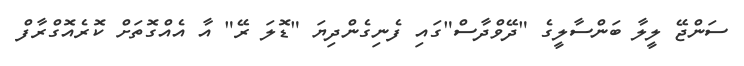
ސަންޖޭ ލީލާ ބަންސާލީގެ "ދޭވްދާސް"ގައި ފެނިގެންދިޔަ "ޑޮލަ ރޭ" އާ އެއްގޮތަށް ކޮރެއޮގްރާފް